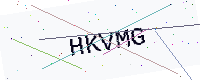
Text: HKVMG